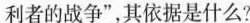
利者的战争”，其依据是什么?